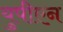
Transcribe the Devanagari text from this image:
युपीएन